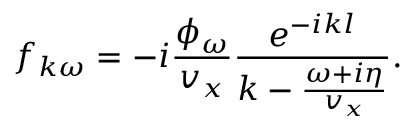
f _ { k \omega } = - i \frac { \phi _ { \omega } } { v _ { x } } \frac { e ^ { - i k l } } { k - \frac { \omega + i \eta } { v _ { x } } } .